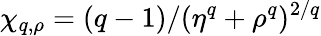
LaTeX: \chi_{q,\rho}=(q-1)/{(\eta^{q}+\rho^{q})^{2/q}}